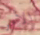
الأمر